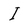
Character: I